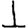
Digit: 1